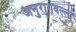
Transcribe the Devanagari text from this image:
अनुरागवल्ली